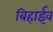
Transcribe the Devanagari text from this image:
बिहाईव